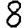
Digit: 8